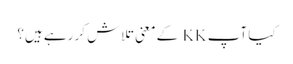
کیا آپ KK کے معنی تلاش کر رہے ہیں؟